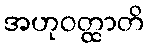
အဟုဝတ္ထာတိ